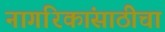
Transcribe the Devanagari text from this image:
नागरिकांसाठीचा